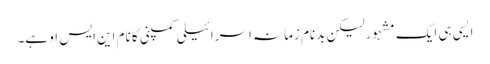
ایسی ہی ایک مشہور لیکن بدنام زمانہ اسرائیلی کمپنی کا نام این ایس او ہے۔